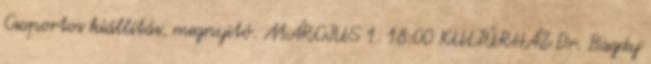
Csoportos kiállítás, megnyitó. MÁRCIUS 1. 18:00 KULTÚRHÁZ Dr. Bagdy